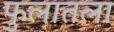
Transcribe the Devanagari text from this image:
फुलातला